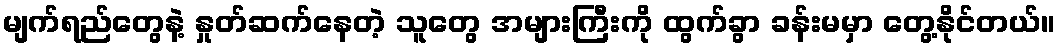
မျက်ရည်တွေနဲ့ နှုတ်ဆက်နေတဲ့ သူတွေ အများကြီးကို ထွက်ခွာ ခန်းမမှာ တွေ့နိုင်တယ်။